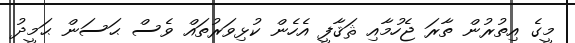
މީގެ އިތުރުން ތާރަ ޖެހުމާއި ޘަޤާފީ އެހެން ކުޅިވަރުތައް ވެސް ޙަސަން ޙަމީދު